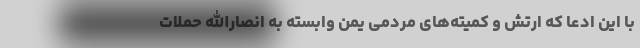
با این ادعا که ارتش و کمیته‌های مردمی یمن وابسته به انصارالله حملات